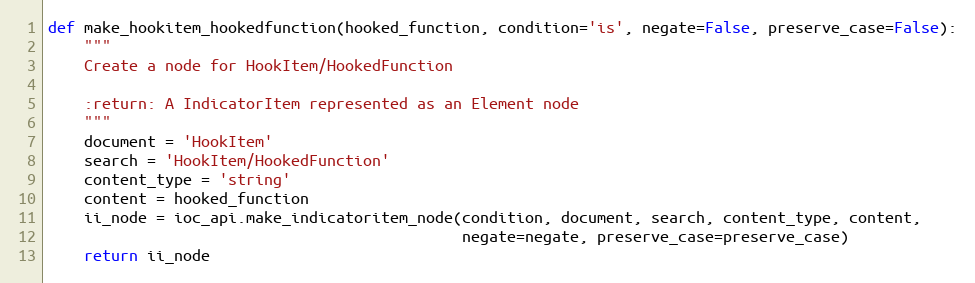
Language: Python
def make_hookitem_hookedfunction(hooked_function, condition='is', negate=False, preserve_case=False):
    """
    Create a node for HookItem/HookedFunction

    :return: A IndicatorItem represented as an Element node
    """
    document = 'HookItem'
    search = 'HookItem/HookedFunction'
    content_type = 'string'
    content = hooked_function
    ii_node = ioc_api.make_indicatoritem_node(condition, document, search, content_type, content,
                                              negate=negate, preserve_case=preserve_case)
    return ii_node